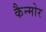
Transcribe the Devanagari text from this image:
कैन्मोर